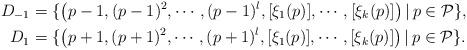
LaTeX: \begin{align*} {D}_{-1} &= \{ \left( p-1, (p-1)^2, \cdots , (p-1)^l, [\xi_1(p)], \cdots , [\xi_k (p)] \right) | \, p \in\mathcal{P} \}, \\ {D}_{1} &= \{ \left( p+1, (p+1)^2, \cdots , (p+1)^l, [\xi_1(p)], \cdots , [\xi_k (p)] \right) | \, p \in\mathcal{P} \}.\end{align*}